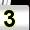
Digit: 3